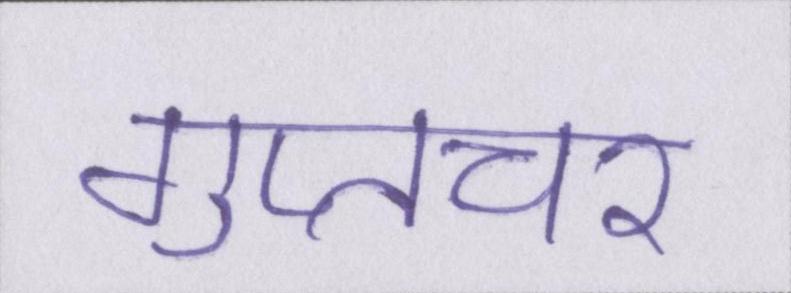
गुप्तचर